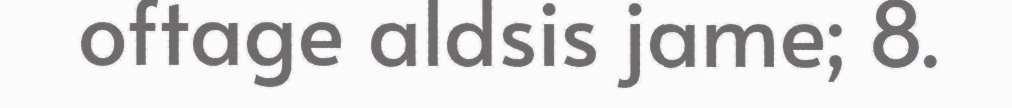
oftage aldsis jame; 8.